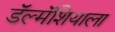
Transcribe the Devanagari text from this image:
डॅल्मॅशियाला